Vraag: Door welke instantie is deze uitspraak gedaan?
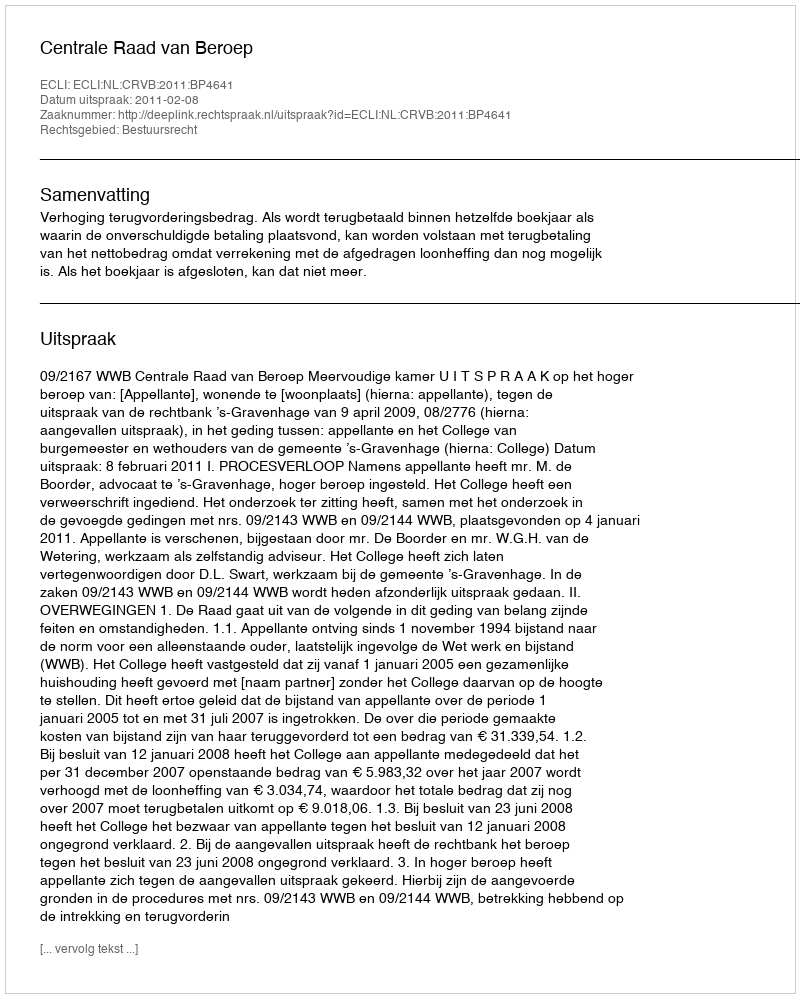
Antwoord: Centrale Raad van Beroep